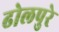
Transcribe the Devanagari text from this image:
ढोलपुरे